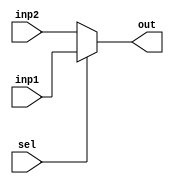
`timescale 1ns / 1ps
//////////////////////////////////////////////////////////////////////////////////
// Company: 
// Engineer: 
// 
// Design Name: 
// Module Name:    mux_2X1_5 
// Project Name: 
// Target Devices: 
// Tool versions: 
// Description: 
//
// Dependencies: 
//
// Revision: 
// Revision 0.01 - File Created
// Additional Comments: 
//
//////////////////////////////////////////////////////////////////////////////////

// 5-bit 2X1 MUX
module mux_2X1_5(
   output [4:0] out, 
	input [4:0] inp1, 
	input [4:0] inp2,
	input sel
	);
	
	assign out = sel ? inp1 : inp2;


endmodule